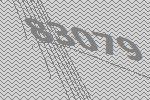
83079